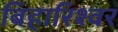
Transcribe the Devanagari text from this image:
बिहारिश्वर